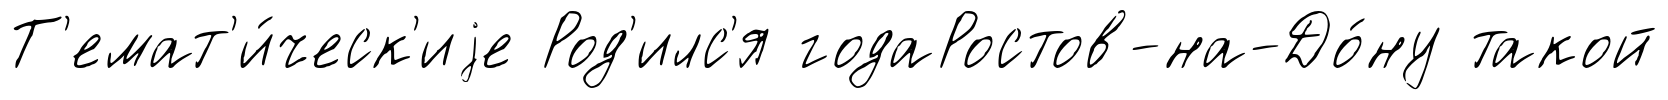
Т'емат'и́ческ'иjе Род'илс'я годаРостов-на-До́ну такой